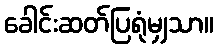
ခေါင်းဆတ်ပြရုံမျှသာ။